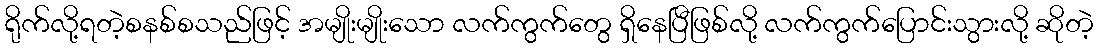
ရိုက်လို့ရတဲ့စနစ်စသည်ဖြင့် အမျိုးမျိုးသော လက်ကွက်တွေ ရှိနေပြီဖြစ်လို့ လက်ကွက်ပြောင်းသွားလို့ ဆိုတဲ့